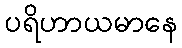
ပရိဟာယမာနေ